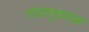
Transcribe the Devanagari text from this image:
रोग़ाणुवाहक